Tartu_pedagoogiumi_aruanded, lk 80
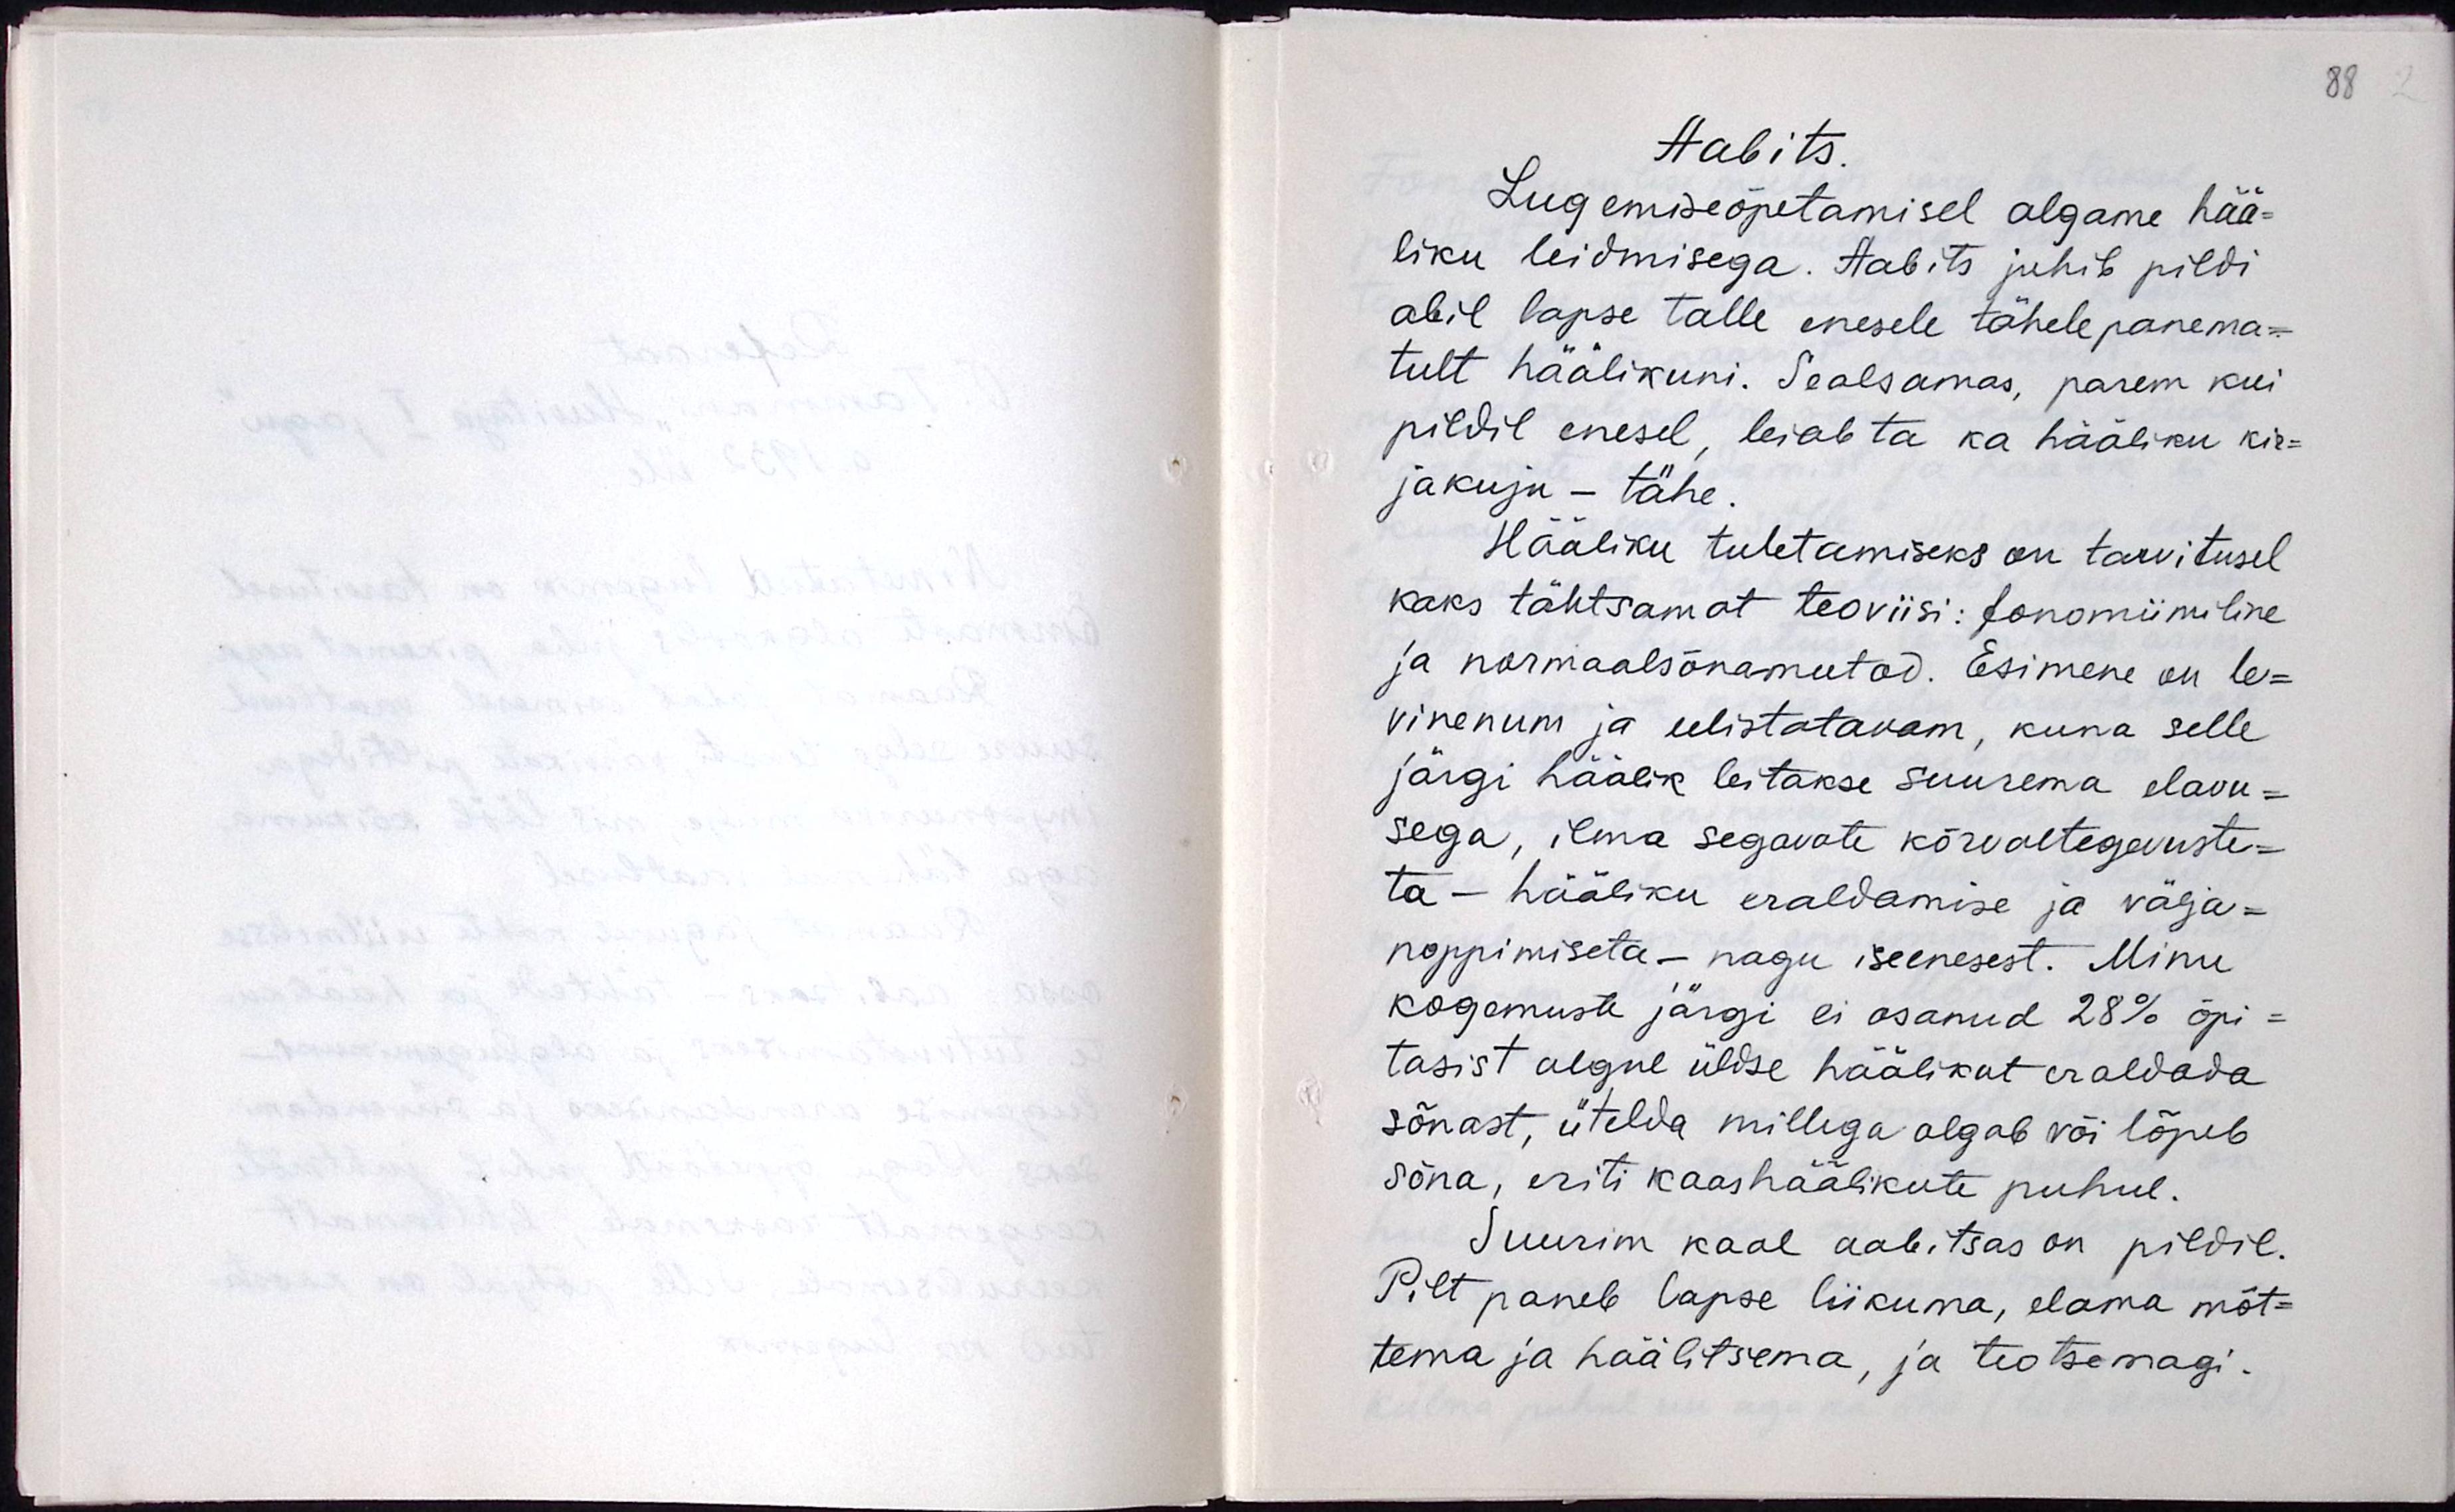
Aabits
Lugemisõpetamisel algame hää-
liku leidmisega. Aabits juhib pildi
abil lapse talle enesele tähelepanema-
tult häälikuni. Sealsamas, parem kui
pildil enesel, leiab ta ka hääliku kir-
jakuju - tähe.
Hääliku tuletamiseks on tarvitusel
kaks tähtsamat teoviisi: fonomiimiline
ja normaalsõnameetod. Esimene on le-
vinenum ja eelistatavam, kuna selle
järgi häälik leitakse suurema elavu-
sega, ilma segavate kõrvaltegevuste-
ta - hääliku eraldamise ja välja-
noppimiseta - nagu iseenesest. Minu
kogemuste järgi ei osanud 28% õpi-
tasist algne üldse häälikut eraldada
sõnast, ütelda millega algab või lõpeb
sõna, eriti kaashäälikute puhul.
Suurim kaal aabitsas on pildil.
Pilt paneb lapse liikuma, elama mõt-
tema ja häälitsema ja teotsemagi.